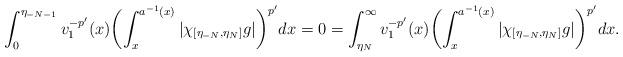
LaTeX: \begin{align*}\int_0^{\eta_{-N-1}}v_1^{-p'}(x)\biggl(\int_x^{a^{-1}(x)}|\chi_{[\eta_{-N},\eta_N]}g|\biggr)^{p'}dx=0=\int_{\eta_{N}}^\infty v_1^{-p'}(x)\biggl(\int_x^{a^{-1}(x)}|\chi_{[\eta_{-N},\eta_N]}g|\biggr)^{p'}dx.\end{align*}